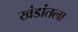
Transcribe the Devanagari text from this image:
खंडांतला